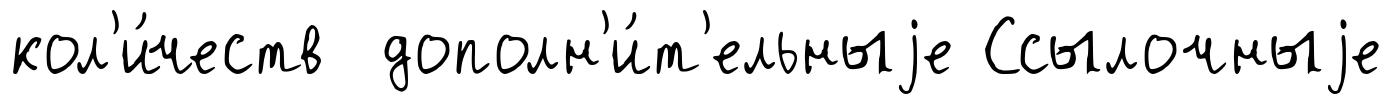
кол'и́честв дополн'и́т'ельныjе Ссылочныjе